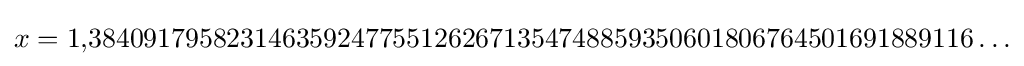
x=1{,}3840917958231463592477551262671354748859350601806764501691889116\ldots